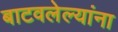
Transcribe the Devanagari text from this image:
बाटवलेल्यांना